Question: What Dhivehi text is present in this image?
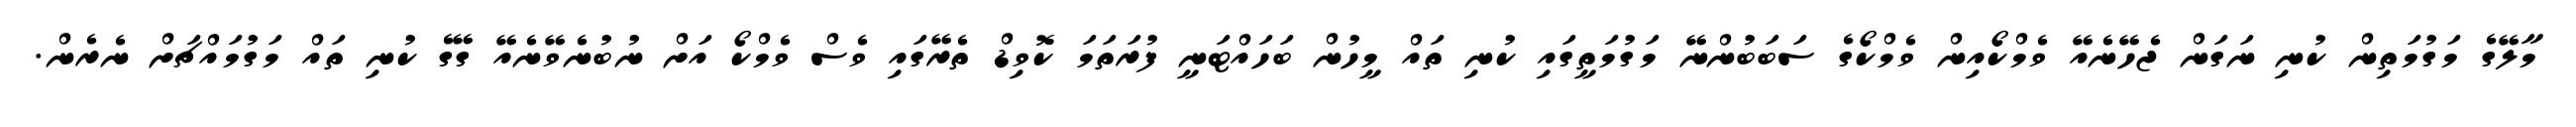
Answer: މާލޭގެ މަގުމަތިން ކުނި ނަގަން ޖެހޭނެއޭ ވެމްކޯއިން ވެމްކޯގެ ސަބަބުންނޭ މަގުމަތީގައި ކުނި ތައް މީހުން ބަހައްޓަނީ ފުރަތަމަ ކޮވިޑް ތެރޭގައި ވެސް ވެމްކޯ އަށް ނުބުނެވޭނެއޭ ގޭގެ ކުނި ތައް މަގުމައްޗަށް ނެރެން.